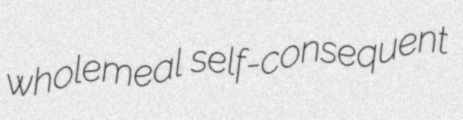
wholemeal self-consequent